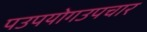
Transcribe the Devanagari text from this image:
पउपयोगउपचार